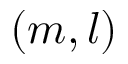
( m , l )